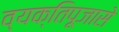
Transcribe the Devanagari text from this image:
व्यक्तिपूजासे